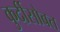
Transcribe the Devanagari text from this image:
कुर्दीसोबत